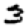
Digit: 3